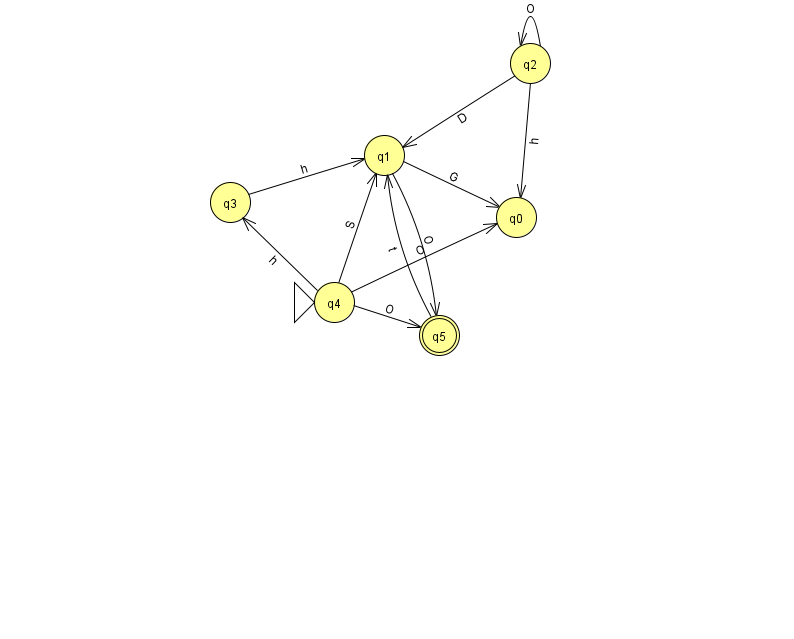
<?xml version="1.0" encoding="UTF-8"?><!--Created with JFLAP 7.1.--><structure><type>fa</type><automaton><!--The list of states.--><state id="0" name="q0"><x>516.0</x><y>204.0</y></state><state id="1" name="q1"><x>384.0</x><y>142.0</y></state><state id="2" name="q2"><x>530.0</x><y>50.0</y></state><state id="3" name="q3"><x>230.0</x><y>189.0</y></state><state id="4" name="q4"><x>334.0</x><y>289.0</y><initial/></state><state id="5" name="q5"><x>439.0</x><y>322.0</y><final/></state><!--The list of transitions.--><transition><from>3</from><to>1</to><read>h</read></transition><transition><from>4</from><to>5</to><read>O</read></transition><transition><from>4</from><to>0</to><read>O</read></transition><transition><from>2</from><to>1</to><read>D</read></transition><transition><from>5</from><to>1</to><read>t</read></transition><transition><from>1</from><to>0</to><read>G</read></transition><transition><from>4</from><to>1</to><read>S</read></transition><transition><from>2</from><to>0</to><read>h</read></transition><transition><from>1</from><to>5</to><read>O</read></transition><transition><from>2</from><to>2</to><read>O</read></transition><transition><from>4</from><to>3</to><read>h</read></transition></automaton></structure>